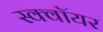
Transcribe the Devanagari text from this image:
स्क्वॉयर